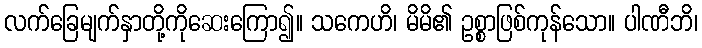
လက်ခြေမျက်နှာတို့ကိုဆေးကြော၍။ သကေဟိ၊ မိမိ၏ ဥစ္စာဖြစ်ကုန်သော။ ပါဏီဘိ၊